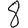
Digit: 8